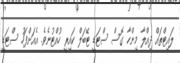
ލައިޓްތައް ދިއްލާ މިންހާ ގޮސް ސްޓަޑީ ޓޭބަލް ކައިރީ ހުއްޓުނެވެ. އެއަށްފަހު ސްޓަޑީ